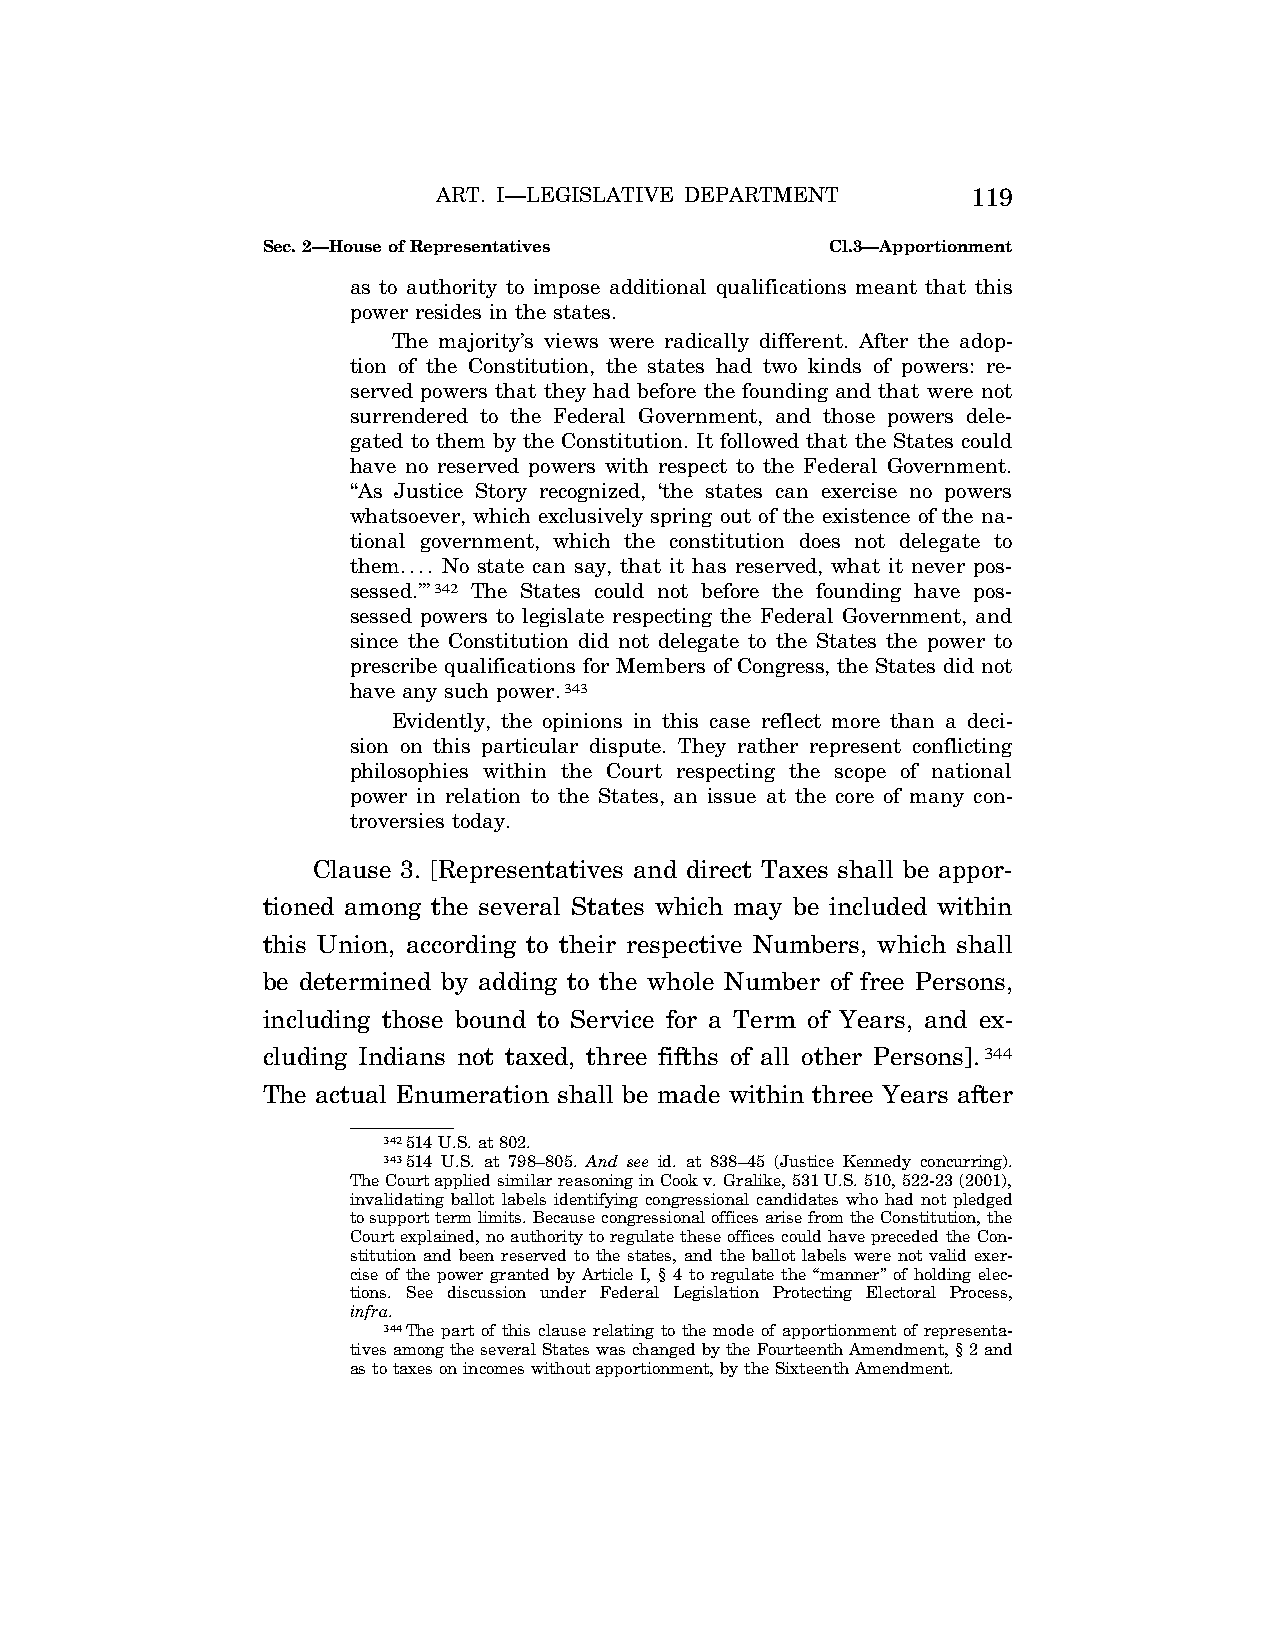
ART. I—LEGISLATIVE DEPARTMENT      119
 Sec. 2—House of Representatives       Cl.3—Apportionment
 as to authority to impose additional qualifications meant that this
 power resides in the states.
 The majority’s views were radically different. After the adop-
 tion of the Constitution, the states had two kinds of powers: re-
 served powers that they had before the founding and that were not
 surrendered to the Federal Government, and those powers dele-
 gated to them by the Constitution. It followed that the States could
 have no reserved powers with respect to the Federal Government.
 ‘‘As Justice Story recognized, ‘the states can exercise no powers
 whatsoever, which exclusively spring out of the existence of the na-
 tional government, which the constitution does not delegate to
 them.... No state can say, that it has reserved, what it never pos-
 sessed.’’’342 The States could not before the founding have pos-
 sessed powers to legislate respecting the Federal Government, and
 since the Constitution did not delegate to the States the power to
 prescribe qualifications for Members of Congress, the States did not
 have any such power.343
 Evidently, the opinions in this case reflect more than a deci-
 sion on this particular dispute. They rather represent conflicting
 philosophies within the Court respecting the scope of national
 power in relation to the States, an issue at the core of many con-
 troversies today.
 Clause 3. [Representatives and direct Taxes shall be appor-
 tioned among the several States which may be included within
 this Union, according to their respective Numbers, which shall
 be determined by adding to the whole Number of free Persons,
 including those bound to Service for a Term of Years, and ex-
 cluding Indians not taxed, three fifths of all other Persons].344
 The actual Enumeration shall be made within three Years after
 342514 U.S. at 802.
 343514 U.S. at 798–805. And see id. at 838–45 (Justice Kennedy concurring).
 The Court applied similar reasoning in Cook v. Gralike, 531 U.S. 510, 522-23 (2001),
 invalidating ballot labels identifying congressional candidates who had not pledged
 to support term limits. Because congressional offices arise from the Constitution, the
 Court explained, no authority to regulate these offices could have preceded the Con-
 stitution and been reserved to the states, and the ballot labels were not valid exer-
 cise of the power granted by Article I, § 4 to regulate the ‘‘manner’’ of holding elec-
 tions. See discussion under Federal Legislation Protecting Electoral Process,
 infra.
 344The part of this clause relating to the mode of apportionment of representa-
 tives among the several States was changed by the Fourteenth Amendment, § 2 and
 as to taxes on incomes without apportionment, by the Sixteenth Amendment.
 VerDate Apr<14>2004 12:35 Apr 14, 2004 Jkt 077500 PO 00000 Frm 00057 Fmt 8222 Sfmt 8222 C:\CONAN\CON009.SGM PRFM99 PsN: CON009